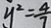
y ^ { 2 } = \frac { 4 } { 7 }